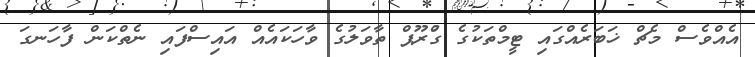
އެއްވެސް މެޗް ޚަބަރެއްގައި ޓީމްތަކުގެ ގްުރޫޕް ތާވަލުގެ ވާހަކައެއް އައިސްފައި ނެތްކަން ފާހަނގަ